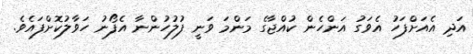
އަދި އެއަށްފަހު އެވަގު އަންހެން ކުއްޖާގެ މަންމަ ވަނީ ފުލުހުންނާ އެފޯނު ހަވާލުކޮށްފައެވެ.